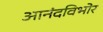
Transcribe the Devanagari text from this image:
आनंदविभोर